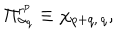
LaTeX: \Pi _ { \alpha _ { q } } ^ { r ^ { p } } \equiv \chi _ { p + q , \, q } ,